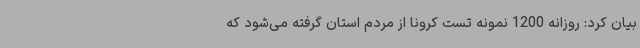
بیان کرد: روزانه 1200 نمونه تست کرونا از مردم استان گرفته می‌شود که